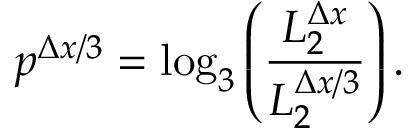
p ^ { \Delta x / 3 } = \log _ { 3 } \left( \frac { L _ { 2 } ^ { \Delta x } } { L _ { 2 } ^ { \Delta x / 3 } } \right) .